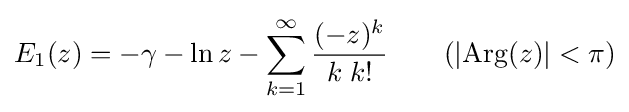
E_{1}(z)=-\gamma -\ln z-\sum _{k=1}^{\infty }{\frac {(-z)^{k}}{k\;k!}}\qquad (\left|\operatorname {Arg} (z)\right|<\pi )